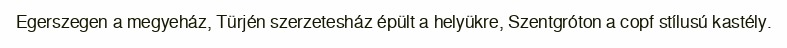
Egerszegen a megyeház, Türjén szerzetesház épült a helyükre, Szentgróton a copf stílusú kastély.